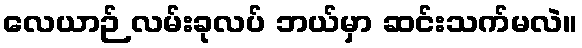
လေယာဉ် လမ်းခုလပ် ဘယ်မှာ ဆင်းသက်မလဲ။